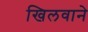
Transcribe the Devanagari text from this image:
खिलवाने